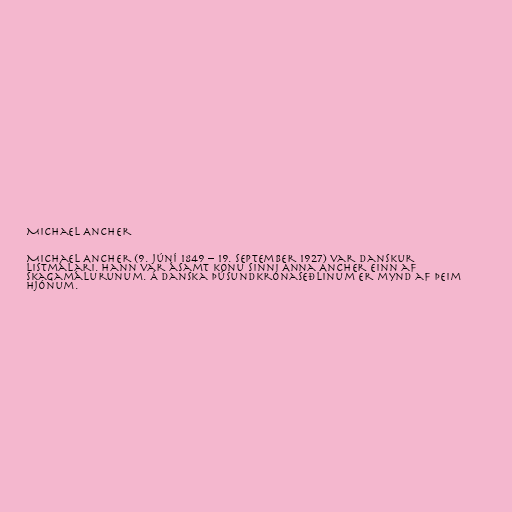
Michael Ancher

Michael Ancher (9. júní 1849 – 19. september 1927) var danskur
listmálari. Hann var ásamt konu sinni Anna Ancher einn af
Skagamálurunum. Á danska þúsundkrónaseðlinum er mynd af þeim
hjónum.